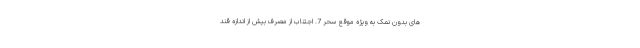
های بدون نمک به ویژه موقع سحر 7. اجتناب از مصرف بیش از اندازه قند